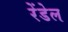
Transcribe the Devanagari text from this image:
रेंडेल